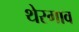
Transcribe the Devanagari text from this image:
थेरगाव